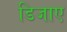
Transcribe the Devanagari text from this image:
डिजाए